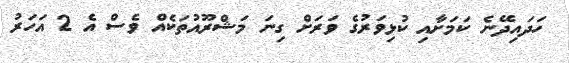
ހަދައިދޭނެ ކަމަށާއި ކުޅިވަރުގެ ވަރަށް ގިނަ މަޝްރޫއުތަކެއް ވެސް އެ 2 އަހަރު